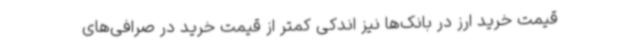
قیمت خرید ارز در بانک‌ها نیز اندکی کمتر از قیمت خرید در صرافی‌های